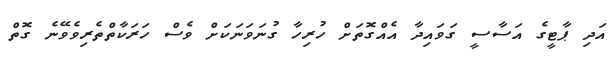
އަދި ޕާޓީގެ އަސާސީ ގަވައިދާ އެއްގޮތަށް ހުރިހާ ގުނަވަނަކަށް ވެސް ހަރަކާތްތެރިވެވޭނެ ގޮތް